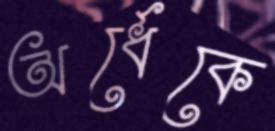
অর্ধেকে